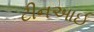
ટીનઆઈ